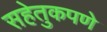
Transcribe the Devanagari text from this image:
सहेतुकपणे